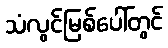
သံလွင်မြစ်ပေါ်တွင်